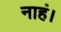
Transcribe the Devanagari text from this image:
नाहं।